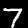
Label: 7